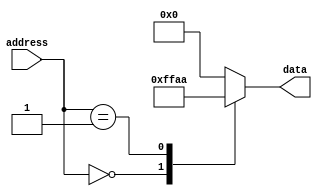
module mask_rom(
    input [7:0] address,
    output reg [7:0] data
);

always @(*)
begin
    case(address)
        8'h00: data = 8'hFF; // Memory block at address 0 contains all ones
        8'h01: data = 8'hAA; // Memory block at address 1 contains alternating ones and zeros
        // Add more memory blocks as needed
        default: data = 8'h00; // Default value if address is not found
    endcase
end

endmodule